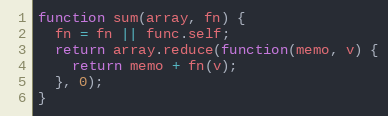
Language: JavaScript
function sum(array, fn) {
  fn = fn || func.self;
  return array.reduce(function(memo, v) {
    return memo + fn(v);
  }, 0);
}